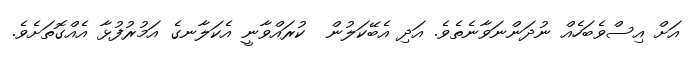
އަށް އިސްވެބަހެއް ނުދަންނަވާނެތެވެ. އަދި އެބޭކަލުން  ކުރައްވާނީ އެކަލާނގެ އަމުރުފުޅާ އެއްގޮތަށެވެ.